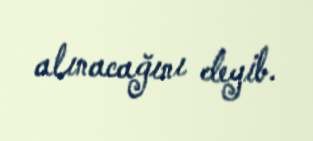
alınacağını deyib.